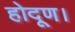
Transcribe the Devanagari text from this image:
होदूण।